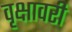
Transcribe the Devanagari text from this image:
वृक्षावरी